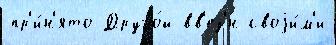
пр'и́н'ято Друго́й вв'ез'́н своjи́м'и